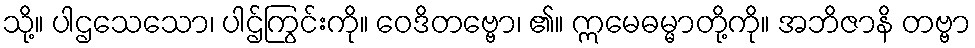
သို့။ ပါဌသေသော၊ ပါဌ်ကြွင်းကို။ ဝေဒိတဗ္ဗော၊ ၏။ ဣမေဓမ္မာတို့ကို။ အဘိဇာနိ တဗ္ဗာ